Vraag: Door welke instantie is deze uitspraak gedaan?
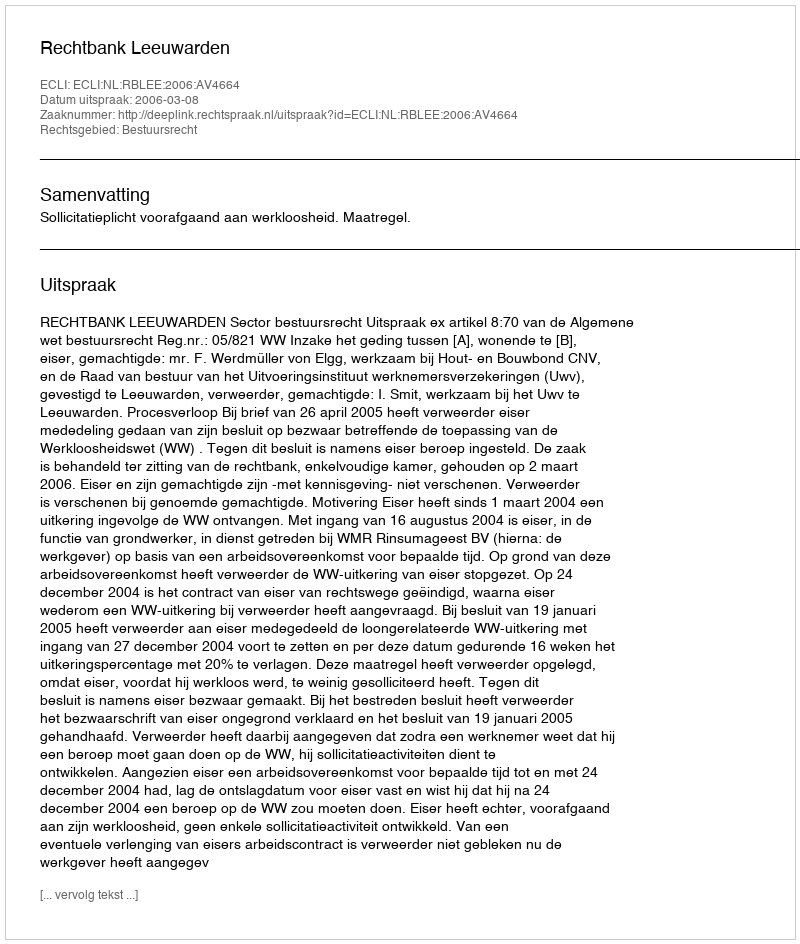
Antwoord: Rechtbank Leeuwarden